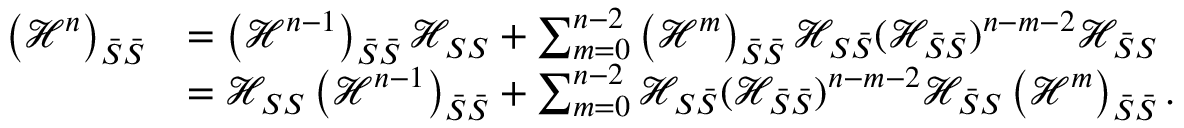
\begin{array} { r l } { \left( \mathcal { H } ^ { n } \right) _ { \bar { S } \bar { S } } } & { = \left( \mathcal { H } ^ { n - 1 } \right) _ { \bar { S } \bar { S } } \mathcal { H } _ { S S } + \sum _ { m = 0 } ^ { n - 2 } \left( \mathcal { H } ^ { m } \right) _ { \bar { S } \bar { S } } \mathcal { H } _ { S \bar { S } } ( \mathcal { H } _ { \bar { S } \bar { S } } ) ^ { n - m - 2 } \mathcal { H } _ { \bar { S } S } } \\ & { = \mathcal { H } _ { S S } \left( \mathcal { H } ^ { n - 1 } \right) _ { \bar { S } \bar { S } } + \sum _ { m = 0 } ^ { n - 2 } \mathcal { H } _ { S \bar { S } } ( \mathcal { H } _ { \bar { S } \bar { S } } ) ^ { n - m - 2 } \mathcal { H } _ { \bar { S } S } \left( \mathcal { H } ^ { m } \right) _ { \bar { S } \bar { S } } . } \end{array}